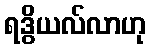
ရဒွိယလ်လာဟု